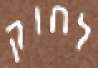
לחוק